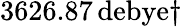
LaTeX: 3626.87\, \mathrm{debye}\dagger